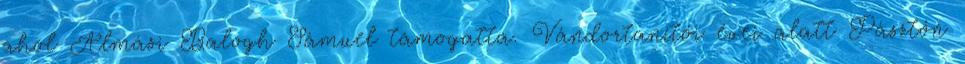
ahol Almási Balogh Sámuel támogatta. Vándortanítói évei alatt Pásztón